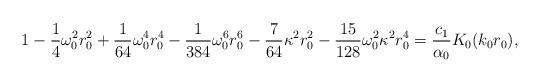
LaTeX: \begin{align*}1 - \frac14\omega_0^2r_0^2 + \frac{1}{64}\omega_0^4r_0^4 -\frac{1}{384}\omega_0^6r_0^6 - \frac{7}{64}\kappa^2r_0^2 -\frac{15}{128}\omega_0^2\kappa^2r_0^4 = \frac{c_1}{\alpha_0}K_0(k_0r_0),\end{align*}